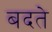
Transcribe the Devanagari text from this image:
बदते